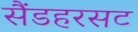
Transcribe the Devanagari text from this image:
सैंडहरसट